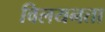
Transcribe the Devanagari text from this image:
विलयनता